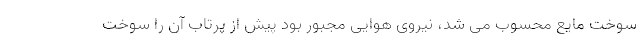
سوخت مایع محسوب می شد، نیروی هوایی مجبور بود پیش از پرتاب آن را سوخت